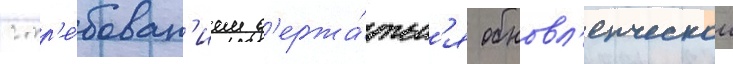
с тр'е́бован'ием д'ержа́тьс'я обновл'енческои